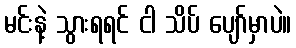
မင်းနဲ့ သွားရရင် ငါ သိပ် ပျော်မှာပဲ။